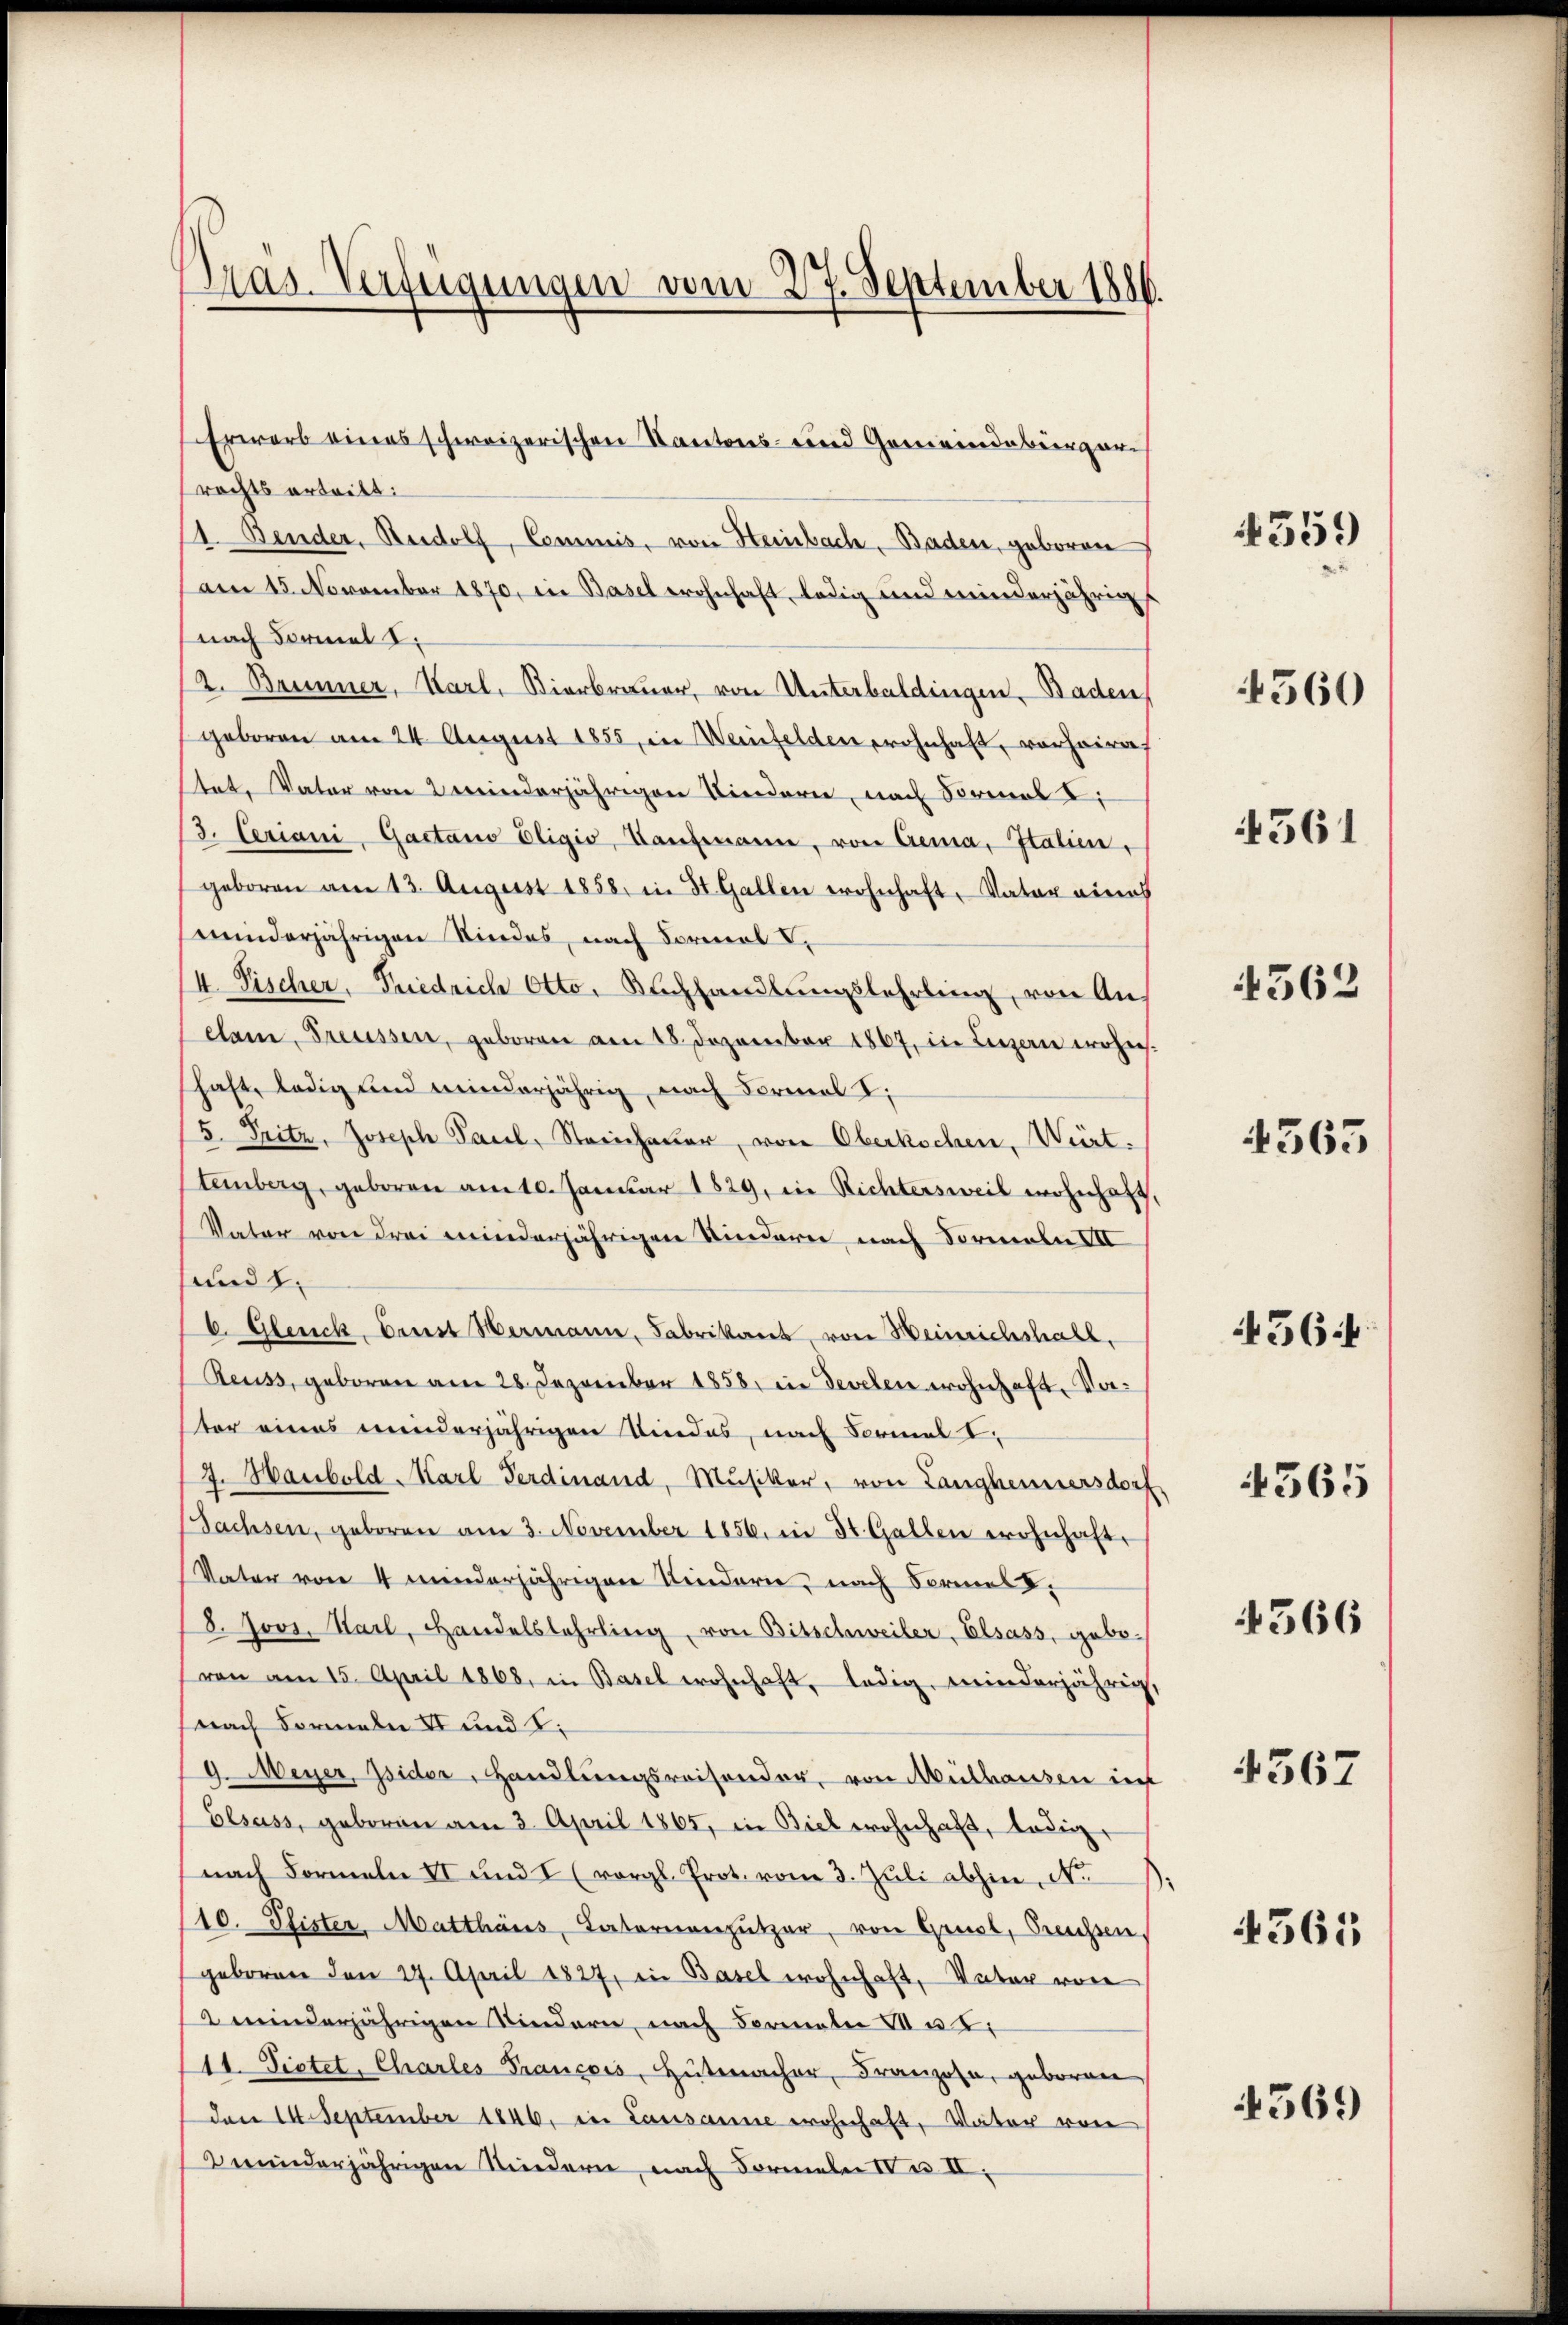
Pras-Verfügungen vom 27. September 1886.

rechts ertritt:
11. Bender, Reidolf, Commis, von Heinbach, Baden, geboren
am 15. November 1870, in Basel wohnhaft, ledig und minderjährigs
nach Formel S.
2. Baumer, Karl, Bierbrauer, von Unterbaldingen. Baden,
geboren am 24. August 1855, in Weinfelden wohnhaft, vorheira
stet, Vater von 2 meinderjährigen Kindern, nach Formal i
3. Feriani, Gaetano Eligio, Kaufmann, von Crema, Italien,
geboren am 13. August 1858. in St. Gallen wohnhaft, Vater eines
minderjährigen Kindes, nach Formal
4. Pischer, Friedrich Otto. Nachhandlŭngslehrling, von An-
elam, Freussen, geboren am 18. Dezember 1867, in Luzern erheisschaft, ledig und minderjährig, nach Formal I.
5. Pritz, Joseph Paul, Streicher, von Oberkochen, Wert.
teinberg, geboren am 10. Januar 1829, in Richtersweil wohnhaft,
Vater von drei minderjährigen Kinderer nach Formeln III
und 2.
C. Genick, Brust Hermann, Fabrikans, von Heinrichshabl.
Reuss, geboren am 28. Dezember 1858 in Develen wohnhaft. Verter eines minderjährigen Kindes, nach Formal I
7. Haubold Karl Ferdinand, Musiker, von Langhennersdorf
Sachsen, geboren am 3. November 1856. in St. Gallen wohnhafte
Vater von 4 minderjährigen Kindern, nach Formel,
8. Jovi. Harl, Handelslehrling, von Bitschweiler, Elsass, gebo-
ven am 15. April 1868, in Basel wohnhaft, ledig, minderjährig,
nach Formeln II und 2:
9. Meyer, Isider, Handlungsreisender, von Mülhausen in
Elsass, geboren am 3. April 1865, in Biel wohnhaft, ledig
nach Formeln II und I (vergl. Prot. vom 3. Jŭli abhin Nr.
10. Plister, Matthaus, Laternanzützer, von Gruel, Prechsen,
geboren den 27. April 1827, in Basel wohnhaft, Vater von
 minderjährigen Kindern, nach Formeln u.
11. Dietet, Charles Francois, Hutmacher, Franzose, geboren
Den 14. September 1846. in Lausanne wohnhaft, Vater von
minderjährigen Kindern, nach Formeln IV. IV.

Erwarb eines schweizerischen Kantons- und Gemeindebürger¬

4359

4561

4560

4362

4365

564

4366

4365

4567

365

4569